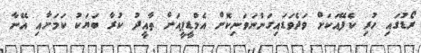
ރޯޑުގައި ހުރި ކެފޭއަކަށް ވަދެވަޑައިގަންނަވަނިކޮށް އެމްޑީޕީއަށް ތާއީދު ކުރާ ބަޔަކު ކަމަށާއި އޭނާ